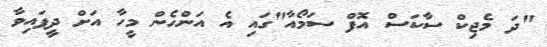
"ދަ މެޖިކް ސާކަސް އޮފް ސަމޯއާ"ގައި އެ އަންހެން މީހާ އަށް ދީފައިވާ